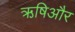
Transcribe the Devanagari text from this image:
ऋषिऔर